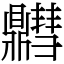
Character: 䵻